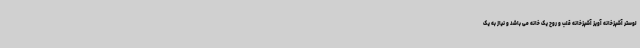
لوستر آشپزخانه آویز آشپزخانه قلب و روح یک خانه می باشد و نیاز به یک